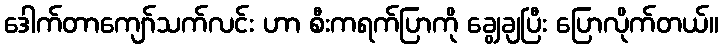
ဒေါက်တာကျော်သက်လင်း ဟာ စီးကရက်ပြာကို ချွေချပြီး ပြောလိုက်တယ်။